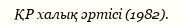
ҚР халық әртісі (1982).